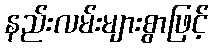
နည်းလမ်းများစွာဖြင့်